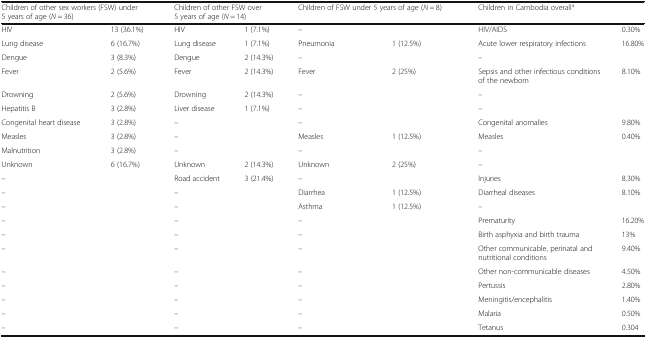
| <COLSPAN=2> Children of other sex workers (FSW) under 5 years of age (N = 36) | <COLSPAN=2> Children of other FSW over 5 years of age (N = 14) | <COLSPAN=2> Children of FSW under 5 years of age (N = 8) | <COLSPAN=2> Children in Cambodia overalla |
 | --- | --- | --- | --- | --- | --- | --- | --- |
 | HIV | 13 (36.1%) | HIV | 1 (7.1%) | – |  | HIV/AIDS | 0.30% |
 | Lung disease | 6 (16.7%) | Lung disease | 1 (7.1%) | Pneumonia | 1 (12.5%) | Acute lower respiratory infections | 16.80% |
 | Dengue | 3 (8.3%) | Dengue | 2 (14.3%) | – |  | – |  |
 | Fever | 2 (5.6%) | Fever | 2 (14.3%) | Fever | 2 (25%) | Sepsis and other infectious conditions of the newborn | 8.10% |
 | Drowning | 2 (5.6%) | Drowning | 2 (14.3%) | – |  | – |  |
 | Hepatitis B | 3 (2.8%) | Liver disease | 1 (7.1%) | – |  | – |  |
 | Congenital heart disease | 3 (2.8%) | – |  | – |  | Congenital anomalies | 9.80% |
 | Measles | 3 (2.8%) | – |  | Measles | 1 (12.5%) | Measles | 0.40% |
 | Malnutrition | 3 (2.8%) | – |  | – |  | – |  |
 | Unknown | 6 (16.7%) | Unknown | 2 (14.3%) | Unknown | 2 (25%) | – |  |
 | – |  | Road accident | 3 (21.4%) | – |  | Injuries | 8.30% |
 | – |  | – |  | Diarrhea | 1 (12.5%) | Diarrheal diseases | 8.10% |
 | – |  | – |  | Asthma | 1 (12.5%) | – |  |
 | – |  | – |  | – |  | Prematurity | 16.20% |
 | – |  | – |  | – |  | Birth asphyxia and birth trauma | 13% |
 | – |  | – |  | – |  | Other communicable, perinatal and nutritional conditions | 9.40% |
 | – |  | – |  | – |  | Other non-communicable diseases | 4.50% |
 | – |  | – |  | – |  | Pertussis | 2.80% |
 | – |  | – |  | – |  | Meningitis/encephalitis | 1.40% |
 | – |  | – |  | – |  | Malaria | 0.50% |
 | – |  | – |  | – |  | Tetanus | 0.304 |